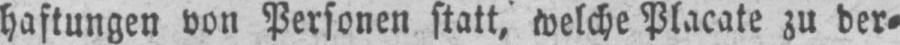
haftungen von Personen statt, welche Placate zu der⸗